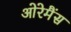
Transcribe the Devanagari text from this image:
ओरेमैंस